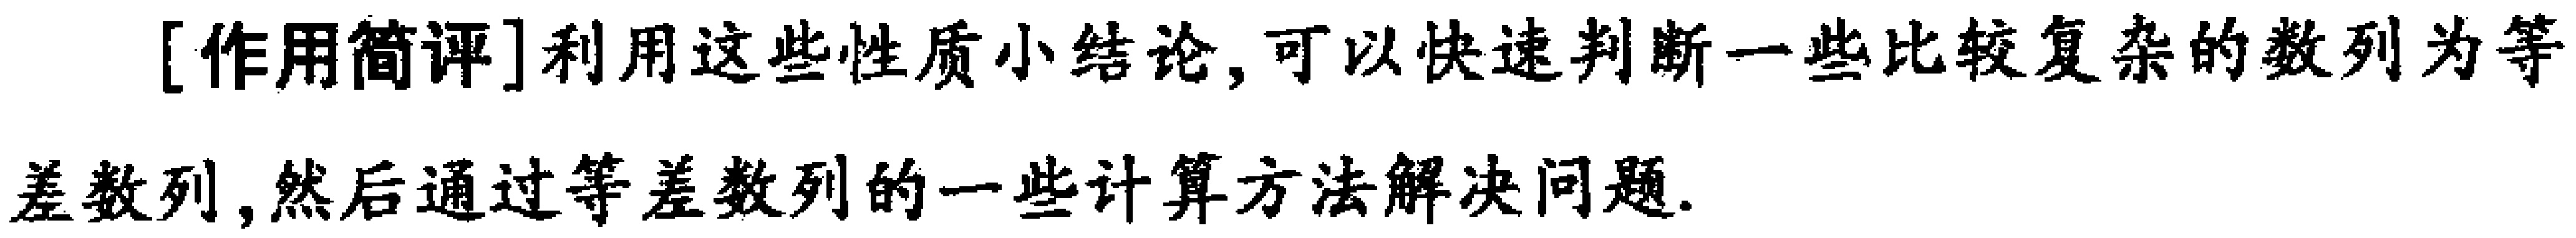
[作用简评]利用这些性质小结论,可以快速判断一些比较复杂的数列为等差数列,然后通过等差数列的一些计算方法解决问题.